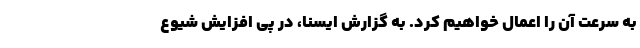
به سرعت آن را اعمال خواهیم کرد. به گزارش ایسنا، در پی افزایش شیوع